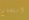
استسلم